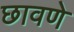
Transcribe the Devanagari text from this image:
छावणे